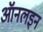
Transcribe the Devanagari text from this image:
ऑनलइन